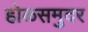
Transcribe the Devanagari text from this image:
होळसमुदर